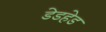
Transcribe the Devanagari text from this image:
डेडहेड